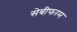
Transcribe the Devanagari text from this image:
सेबीफरम